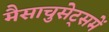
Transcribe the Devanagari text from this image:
मैसाचुसेट्समें